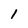
Character: 1